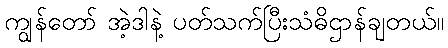
ကျွန်တော် အဲ့ဒါနဲ့ ပတ်သက်ပြီးသံဓိဌာန်ချတယ်။